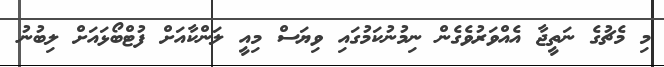
މި މެޗުގެ ނަތީޖާ އެއްވަރުވެގެން ނިމުނުކަމުގައި ވިޔަސް މިއީ ލަންކާއަށް ފުޓްބޯޅައަށް ލިބުނު